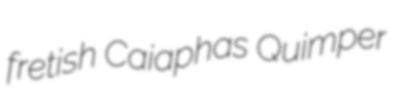
fretish Caiaphas Quimper